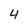
Character: 4